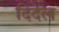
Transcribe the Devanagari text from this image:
दिदेल